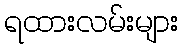
ရထားလမ်းများ